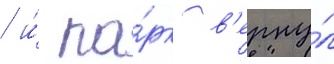
/ и́ па́рк в'ерну́л